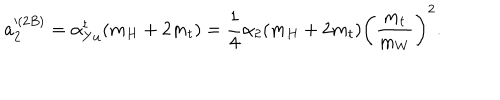
a _ { 2 } ^ { ( 2 B ) } = \alpha _ { Y u } ^ { t } ( m _ { H } + 2 m _ { t } ) = \frac { 1 } { 4 } \alpha _ { 2 } ( m _ { H } + 2 m _ { t } ) \left( \frac { m _ { t } } { m _ { W } } \right) ^ { 2 } .